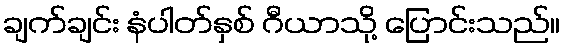
ချက်ချင်း နံပါတ်နှစ် ဂီယာသို့ ပြောင်းသည်။